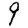
Digit: 9